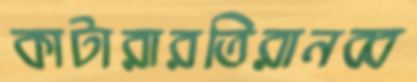
কাটারারতিরানব্ব